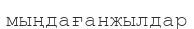
мыңдағанжылдар